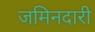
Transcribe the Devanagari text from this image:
जमिनदारी